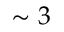
\sim 3